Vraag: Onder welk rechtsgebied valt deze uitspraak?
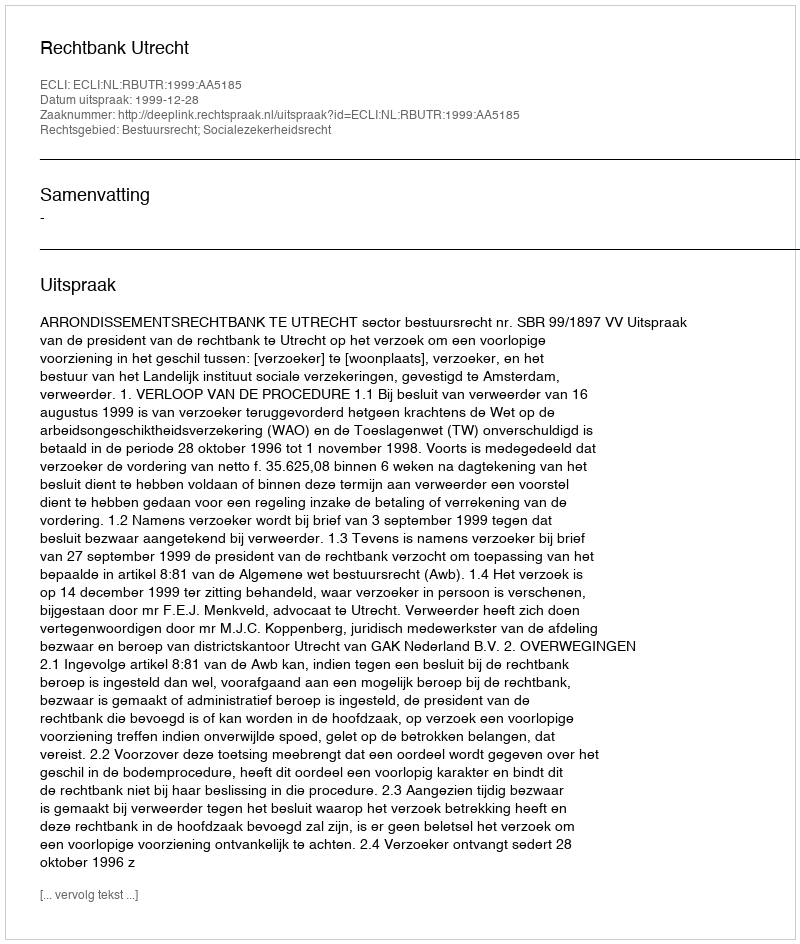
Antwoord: Bestuursrecht; Socialezekerheidsrecht